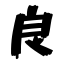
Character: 良